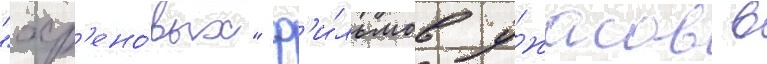
"хр'ено́вых" ф'и́льмов у́жасов в